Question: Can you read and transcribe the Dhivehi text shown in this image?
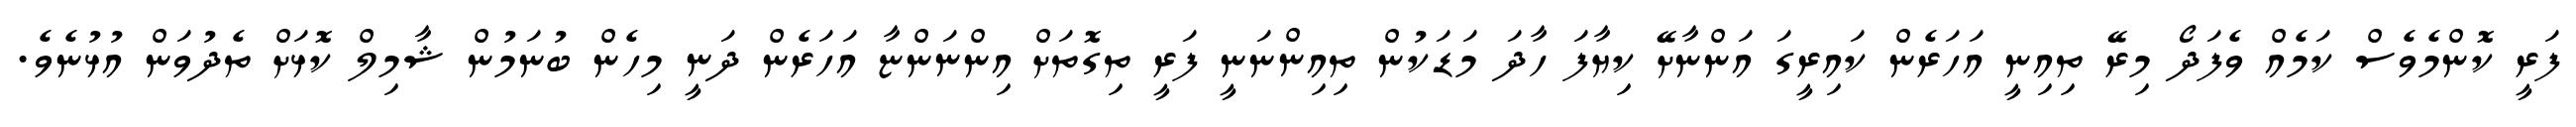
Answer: ފަރީ ކޮންމެވެސް ކަމެއް ވެފަދޯ މިރޭ ތިއިނީ އަހަރެން ކައިރީގަ އަންނާށޭ ކިޔާފަ ހާދަ މަޑަކުން ތިއިންނަނީ ފަރީ ތިގޮތަށް އިންނަންޏާ އަހަރެން ދަނީ މިހެން ބުނަމުން ޝާމިލް ކޮޅަށް ތެދުވަން އުޅުނެވެ.